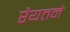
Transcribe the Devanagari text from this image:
रैयतने